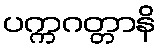
ပက္ကဂတ္တာနိ